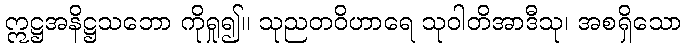
ဣဋ္ဌအနိဋ္ဌသဘော ကိုရှု၍။ သုညတဝိဟာရေ သုဝါတိအာဒီသု၊ အစရှိသော